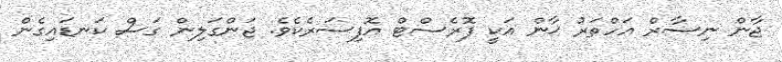
ޖާން ނިސާރް އަހްތަރު ޚާން އަކީ ފޮރެސްޓް އޮފިސަރެކެވެ. ޖަންގަލިން ގަސް ކަނޑައިގެން